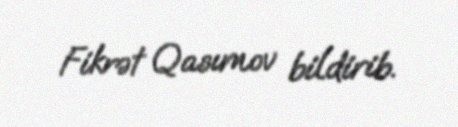
Fikrət Qasımov bildirib.